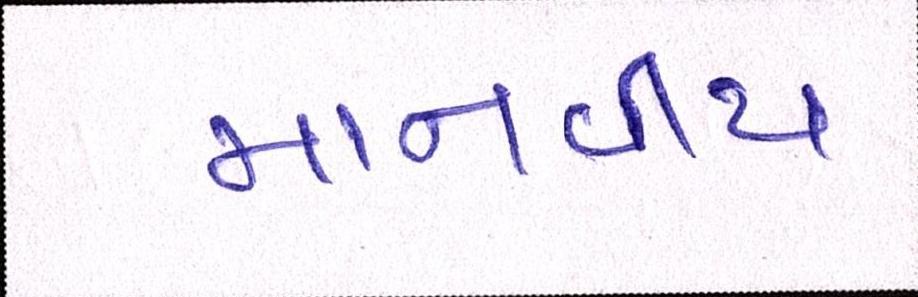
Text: માનવીય